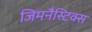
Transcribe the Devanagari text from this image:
जिमनैस्टिक्स